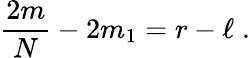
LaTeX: {\frac{2m}{N}}-2m_{1}=r-\ell\; .